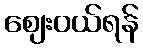
ဈေးဝယ်ရန်